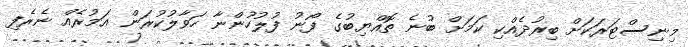
މިނިސްޓަރަކަށް ބިރުދެއްކި ކަމަށް ބުނެ ތޮއްޔިބުގެ ފޯނު ފުލުހުންނާ ހަވާލުކުރަން އަމުރެއް ނެރެފި